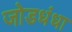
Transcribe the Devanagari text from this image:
जोडधंधा